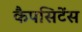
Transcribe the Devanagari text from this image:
कैपसिटेंस